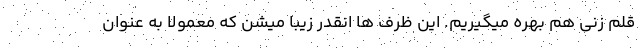
قلم زنی هم بهره میگیریم. این ظرف ها انقدر زیبا میشن که معمولا به عنوان